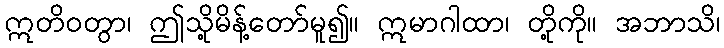
ဣတိဝတွာ၊ ဤသို့မိန့်တော်မူ၍။ ဣမာဂါထာ၊ တို့ကို။ အဘာသိ၊